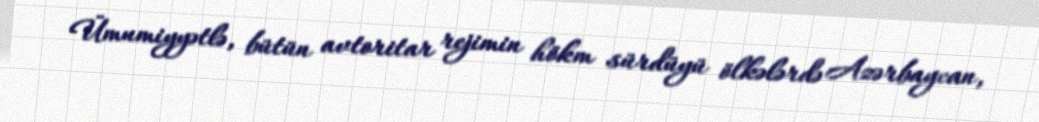
Ümumiyyətlə, bütün avtoritar rejimin hökm sürdüyü ölkələrdə Azərbaycan,